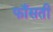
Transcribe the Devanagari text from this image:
फाँसती